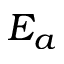
E _ { a }